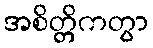
အစိတ္တိကတွာ